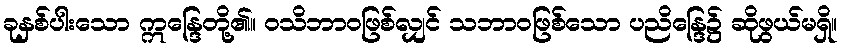
ခုနှစ်ပါးသော ဣန္ဒြေတို့၏။ ဝသိဘာဝဖြစ်လျှင် သဘာဝဖြစ်သော ပညိန္ဒြေ၌ ဆိုဖွယ်မရှိ။